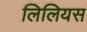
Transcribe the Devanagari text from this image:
लिलियस